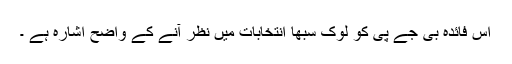
اس فائدہ بی جے پی کو لوک سبھا انتخابات میں نظر آنے کے واضح اشارہ ہے ۔